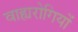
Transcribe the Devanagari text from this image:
वाह्यरोगियों